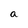
Character: a